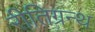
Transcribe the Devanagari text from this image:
रीतिग्रन्थ